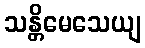
သန္တိမေသေယျ